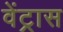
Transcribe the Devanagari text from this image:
वेंट्रास